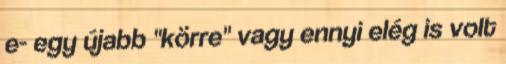
e- egy újabb "körre" vagy ennyi elég is volt